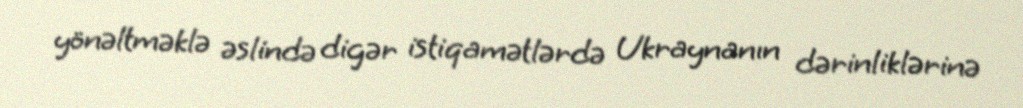
yönəltməklə əslində digər istiqamətlərdə Ukraynanın dərinliklərinə